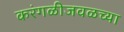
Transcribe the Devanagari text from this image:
करंगळीजवळच्या